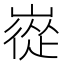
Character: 嵸